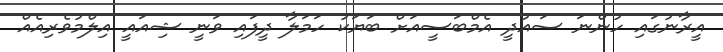
އީރާނުގައި ހުންނަ ސައުދީ އެމްބަސީއަށް ބަޔަކު ހަމަލާ ދީފައި ވަނީ ޝިއައީ އިލްމުވެރިއެއް